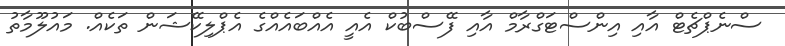
ސްނެޕްޗެޓް އާއި އިންސްޓަގްރާމް އާއި ފޭސްބުކް އެއީ އެއްބައެއްގެ އެޕްލިކޭޝަން ތަކެއް. މައުލޫމާތު